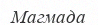
Магмада